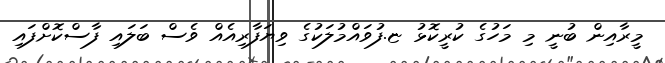
މީރާއިން ބުނީ މި މަހުގެ ކުރީކޮޅު ޏ.ފުވައްމުލަކުގެ ވިޔަފާރިއެއް ވެސް ބަލައި ފާސްކޮށްފައި